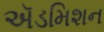
ઍડમિશન